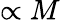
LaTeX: \propto M